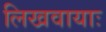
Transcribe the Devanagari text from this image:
लिखवायाः